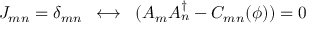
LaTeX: { \cal J } _ { m n } = \delta _ { m n } \; \; \longleftrightarrow \; \; ( A _ { m } A _ { n } ^ { \dagger } - C _ { m n } ( \phi ) ) = 0